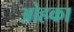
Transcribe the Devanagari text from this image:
ओहका